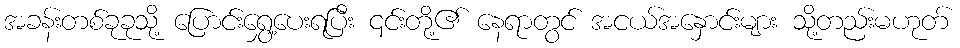
အခန်းတစ်ခုခုသို့ ပြောင်းရွှေ့ပေးရပြီး ၎င်းတို့၏ နေရာတွင် အငယ်အနှောင်းများ သို့တည်းမဟုတ်